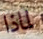
لماذا